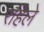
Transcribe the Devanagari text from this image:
रहिले